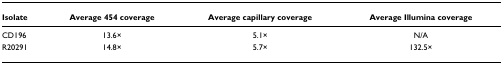
| Isolate | Average 454 coverage | Average capillary coverage | Average Illumina coverage |
 | --- | --- | --- | --- |
 | CD196 | 13.6× | 5.1× | N/A |
 | R20291 | 14.8× | 5.7× | 132.5× |